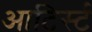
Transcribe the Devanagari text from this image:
आटिर्स्ट